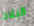
البلاد